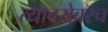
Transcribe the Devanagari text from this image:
त्‍याबरोबरच